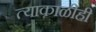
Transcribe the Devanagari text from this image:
त्याकाळीही